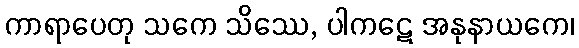
ကာရာပေတု သကေ သိဿေ, ပါကဋေ အနုနာယကေ၊